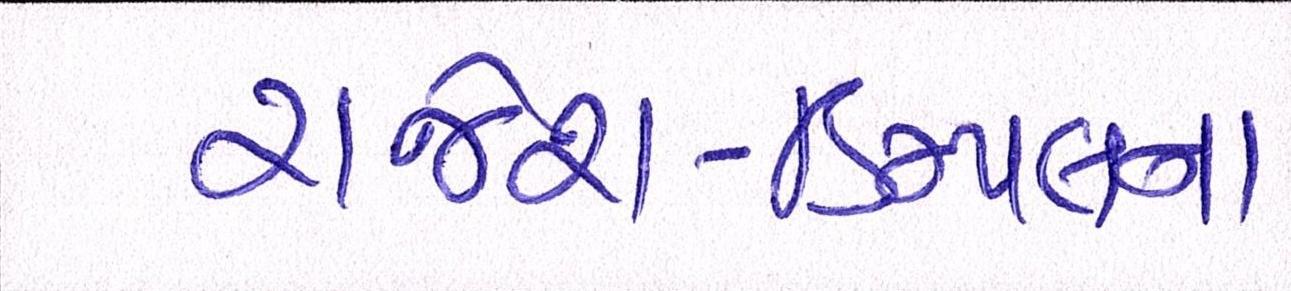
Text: રાજેશ-ડિમ્પલના